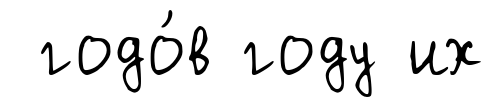
годо́в году их